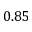
0 . 8 5